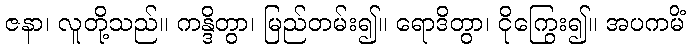
ဇနာ၊ လူတို့သည်။ ကန္ဒိတွာ၊ မြည်တမ်း၍။ ရောဒိတွာ၊ ငိုကြွေး၍။ အပကမိံ